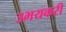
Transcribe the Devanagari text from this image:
उभयकरी